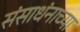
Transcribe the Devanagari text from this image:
संसाधंनाच्या